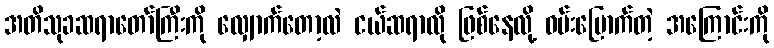
အတိသုခဆရာတော်ကြီးကို လျှောက်တော့လဲ ငယ်ဆရာလို ဖြစ်နေလို့ ဝမ်းမြောက်တဲ့ အကြောင်းကို